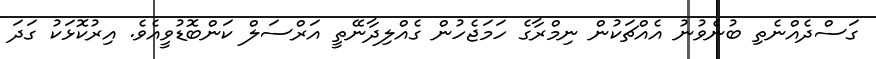
ގަސްދެއްނެތި ބުނެވުނު އެއްޗަކުން ނިމްރާގެ ހަމަޖެހުން ގެއްލިދާނޭތީ އަރްސަލް ކަންބޮޑުވީއެވެ. އިރުކޮޅަކު ގަދަ